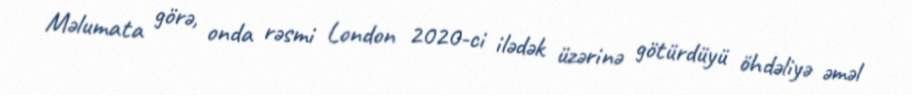
Məlumata görə, onda rəsmi London 2020-ci ilədək üzərinə götürdüyü öhdəliyə əməl